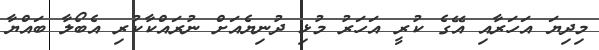
މިދިޔަ އަހަރާއި އޭގެ ކުރީ އަހަރު މުޅި ދުނިޔެއަށް ނުރައްކާކުރި އެބޯލާ ބައްޔާ